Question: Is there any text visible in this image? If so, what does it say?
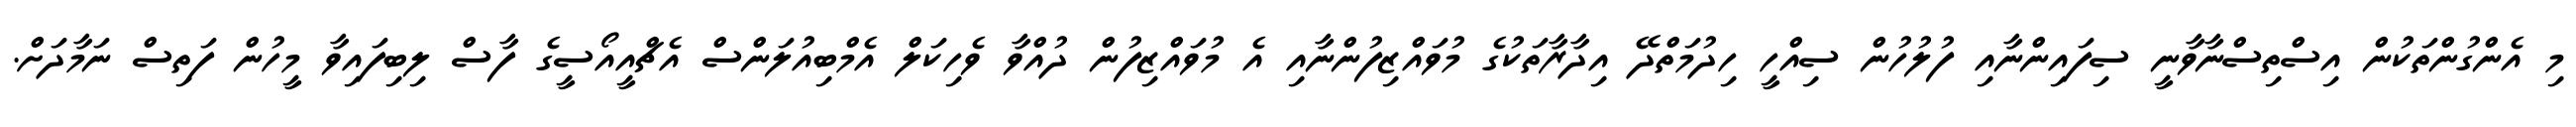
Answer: މި އެންގުންތަކުން އިސްތިސްނާވާނީ ސިފައިންނާއި ފުލުހުން ސިއްހީ ހިދުމަތްދޭ އިދާރާތަކުގެ މުވައްޒިފުންނާއި އެ މުވައްޒިފުން ދުއްވާ ވެހިކަލް އެމްބިއުލަންސް އެޗްއީއޯސީގެ ފާސް ލިބިފައިވާ މީހުން ފަތިސް ނަމާދަށް.